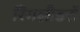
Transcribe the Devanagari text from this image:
रिंगलीडरों